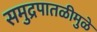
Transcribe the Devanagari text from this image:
समुद्रपातळीमुळे